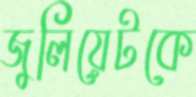
জুলিয়েটকে